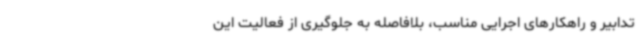
تدابیر و راهکارهای اجرایی مناسب، بلافاصله به جلوگیری از فعالیت این